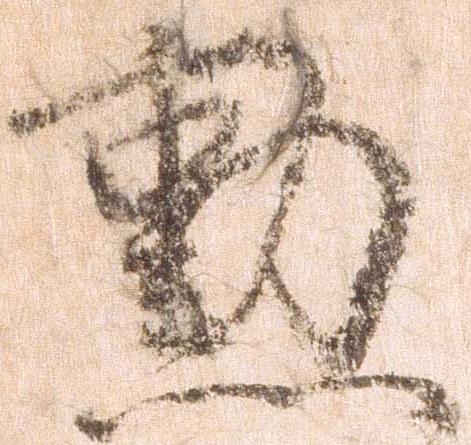
勲